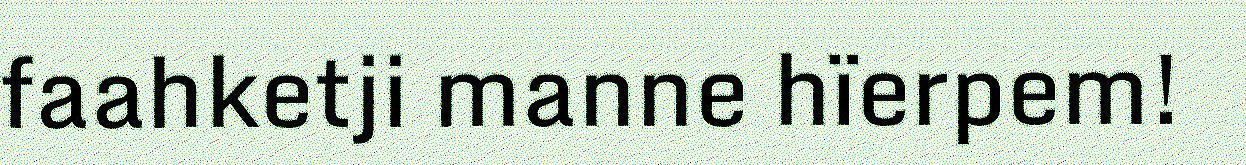
faahketji manne hïerpem!